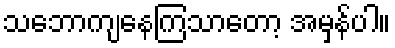
သဘောကျနေကြသာတော့ အမှန်ပါ။